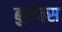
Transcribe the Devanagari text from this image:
बुसेल्स